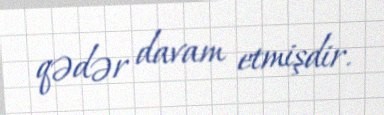
qədər davam etmişdir.